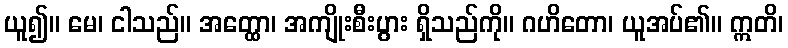
ယူ၍။ မေ၊ ငါသည်။ အတ္ထော၊ အကျိုးစီးပွား ရှိသည်ကို။ ဂဟိတော၊ ယူအပ်၏။ ဣတိ၊